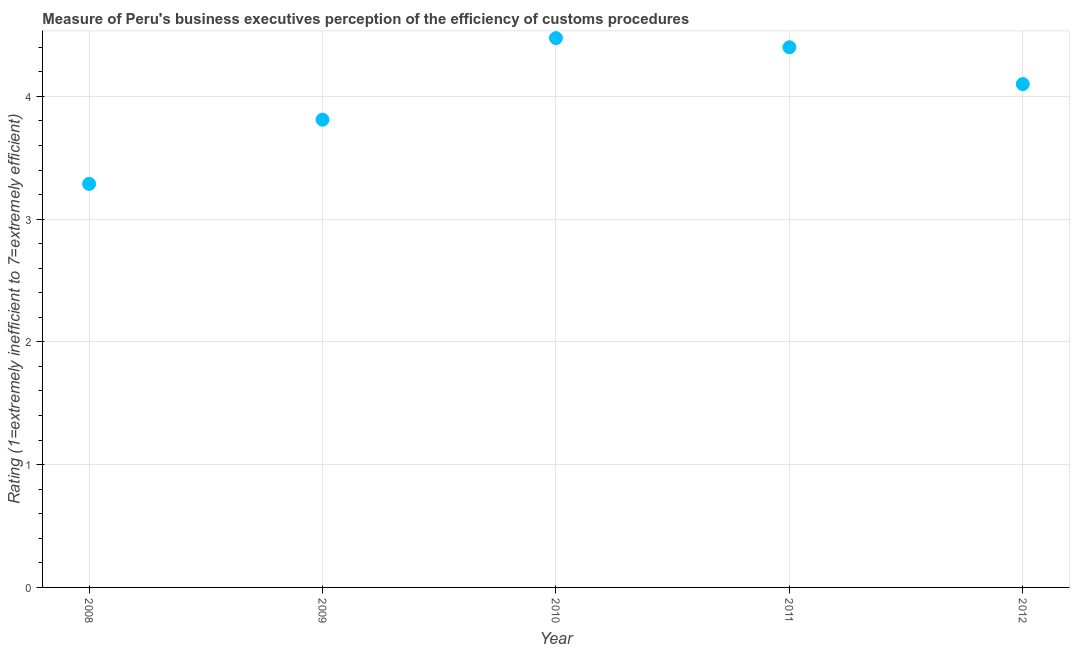
| Year | Burden of customs procedure |
 | --- | --- |
 | 2008 | 3.29 |
 | 2009 | 3.81 |
 | 2010 | 4.47 |
 | 2011 | 4.4 |
 | 2012 | 4.1 |